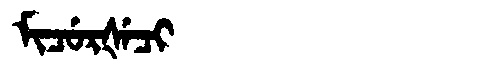
Manchu: ᠮᡳᠴᡠᡵᡧᡝᠴᡳ
Romanization: MICURŠECI